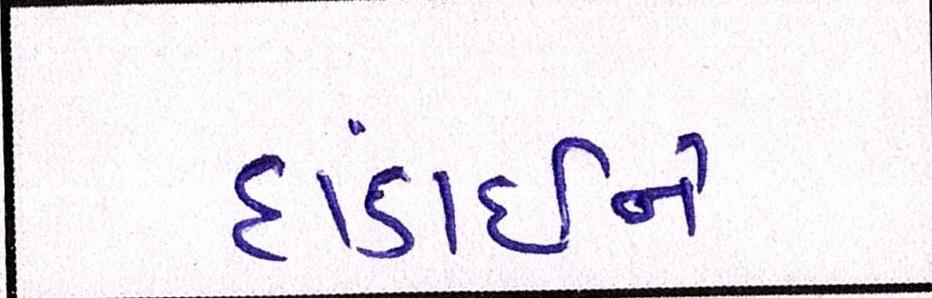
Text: દાંડાઈને